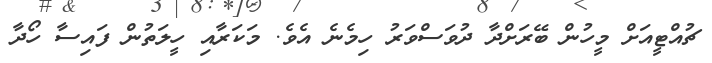
ޗުއްޓީއަށް މީހުން ބޭރަށްދާ ދުވަސްވަރު ހިމެނެ އެވެ. މަކަރާއި ހީލަތުން ފައިސާ ހޯދާ